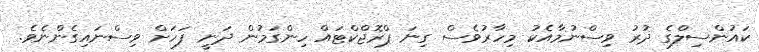
ކައުންސިލްގެ ދުރު ވިސްނުމާއެކު މިހާރުވެސް ގިނަ ޕްރޮޖްކްޓައް ހިންގަމުން ދަނީ ފަހަށް ވިސްނައިގެންނެވެ.